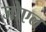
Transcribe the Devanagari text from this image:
जोएल्‌